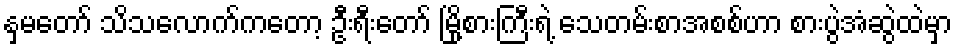
နှမတော် သိသလောက်ကတော့ ဦးရီးတော် မြို့စားကြီးရဲ့ သေတမ်းစာအစစ်ဟာ စားပွဲအံဆွဲထဲမှာ